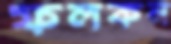
ফলকন